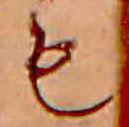
も